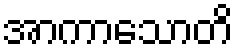
အာကာသောတိ